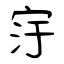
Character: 窏